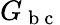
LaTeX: G_{\mathrm{~b~c~}}